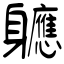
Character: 軈